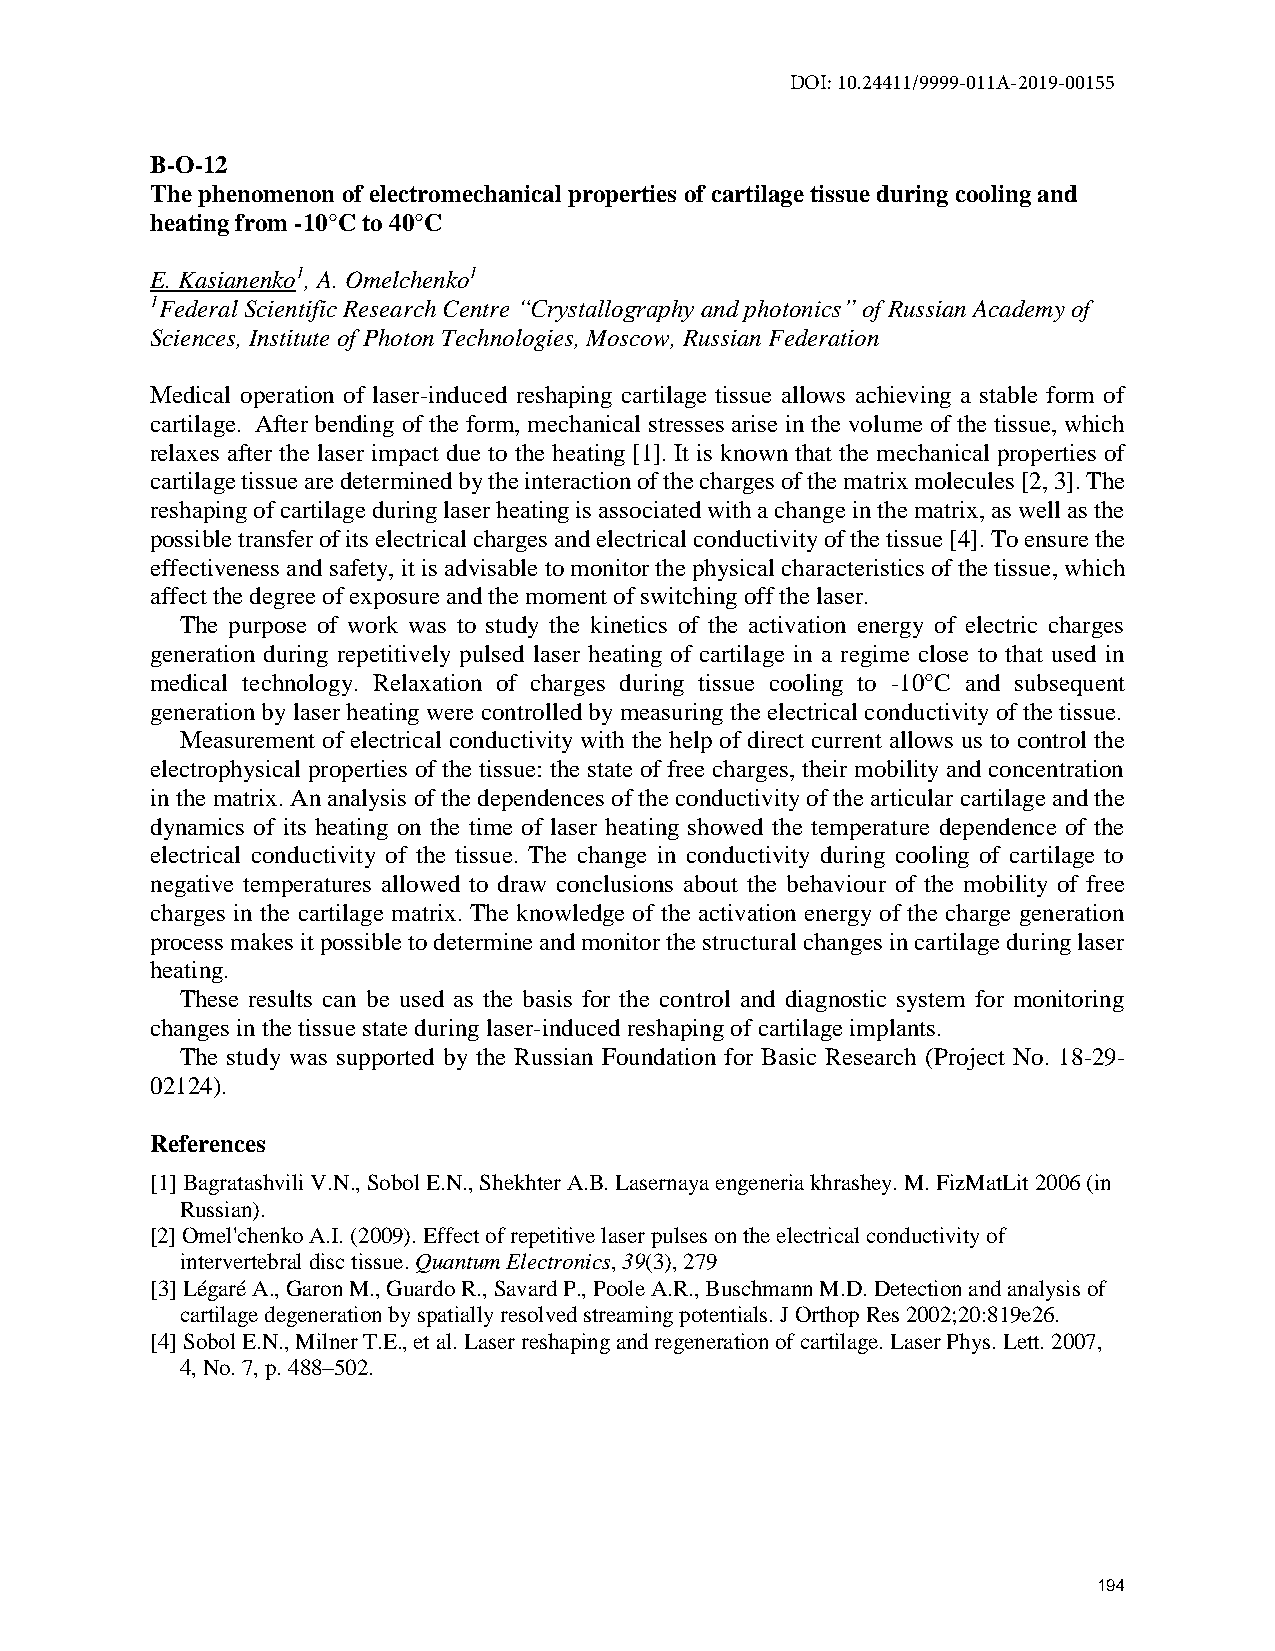
DOI: 10.24411/9999-011A-2019-00155
 B-O-12
 The phenomenon of electromechanical properties of cartilage tissue during cooling and
 heating from -10°C to 40°C
 E. Kasianenko1, A. Omelchenko1
 1Federal Scientific Research Centre “Crystallography and photonics” of Russian Academy of
 Sciences, Institute of Photon Technologies, Moscow, Russian Federation
 Medical operation of laser-induced reshaping cartilage tissue allows achieving a stable form of
 cartilage. After bending of the form, mechanical stresses arise in the volume of the tissue, which
 relaxes after the laser impact due to the heating [1]. It is known that the mechanical properties of
 cartilage tissue are determined by the interaction of the charges of the matrix molecules [2, 3]. The
 reshaping of cartilage during laser heating is associated with a change in the matrix, as well as the
 possible transfer of its electrical charges and electrical conductivity of the tissue [4]. To ensure the
 effectiveness and safety, it is advisable to monitor the physical characteristics of the tissue, which
 affect the degree of exposure and the moment of switching off the laser.
 The purpose of work was to study the kinetics of the activation energy of electric charges
 generation during repetitively pulsed laser heating of cartilage in a regime close to that used in
 medical technology. Relaxation of charges during tissue cooling to -10°C and subsequent
 generation by laser heating were controlled by measuring the electrical conductivity of the tissue.
 Measurement of electrical conductivity with the help of direct current allows us to control the
 electrophysical properties of the tissue: the state of free charges, their mobility and concentration
 in the matrix. An analysis of the dependences of the conductivity of the articular cartilage and the
 dynamics of its heating on the time of laser heating showed the temperature dependence of the
 electrical conductivity of the tissue. The change in conductivity during cooling of cartilage to
 negative temperatures allowed to draw conclusions about the behaviour of the mobility of free
 charges in the cartilage matrix. The knowledge of the activation energy of the charge generation
 process makes it possible to determine and monitor the structural changes in cartilage during laser
 heating.
 These results can be used as the basis for the control and diagnostic system for monitoring
 changes in the tissue state during laser-induced reshaping of cartilage implants.
 The study was supported by the Russian Foundation for Basic Research (Project No. 18-29-
 02124).
 References
 [1] Bagratashvili V.N., Sobol E.N., Shekhter A.B. Lasernaya engeneria khrashey. M. FizMatLit 2006 (in
 Russian).
 [2] Omel'chenko A.I. (2009). Effect of repetitive laser pulses on the electrical conductivity of
 intervertebral disc tissue. Quantum Electronics, 39(3), 279
 [3] Légaré A., Garon M., Guardo R., Savard P., Poole A.R., Buschmann M.D. Detection and analysis of
 cartilage degeneration by spatially resolved streaming potentials. J Orthop Res 2002;20:819e26.
 [4] Sobol E.N., Milner T.E., et al. Laser reshaping and regeneration of cartilage. Laser Phys. Lett. 2007,
 4, No. 7, p. 488–502.
 194